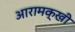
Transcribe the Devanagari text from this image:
आरामक्खी